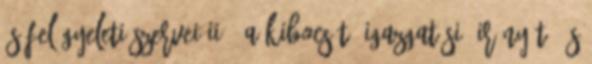
ÉS FELÜGYELETI SZERVEI II.5 A KIBOCSÁTÓ IGAZGATÁSI, IRÁNYÍTÓ ÉS